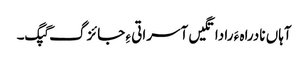
آہاں نادراہ ءَ را داتگیں آسراتی ءِ جائزگ گپگ۔